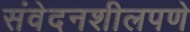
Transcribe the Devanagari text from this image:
संवेदनशीलपणे